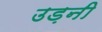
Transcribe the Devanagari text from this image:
उड़नी